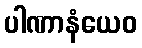
ပါဏာနံယေဝ